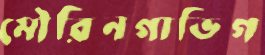
মৌরিনগাভিগ